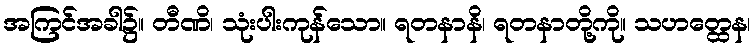
အကြင်အခါ၌။ တီဏိ၊ သုံးပါးကုန်သော။ ရတနာနိ၊ ရတနာတို့ကို။ သဟတ္ထေန၊